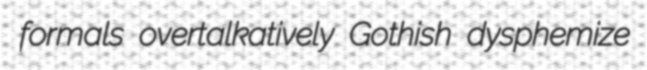
formals overtalkatively Gothish dysphemize